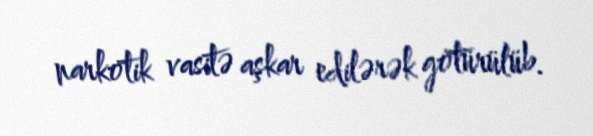
narkotik vasitə aşkar edilərək götürülüb.